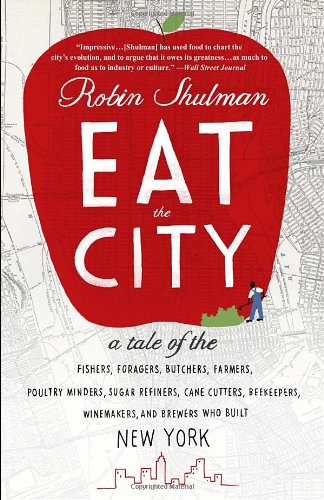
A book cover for Eat the City: A Tale of the Fishers, Foragers, Butchers, Farmers, Poultry Minders, Sugar Refiners, Cane Cutters, Beekeepers, Winemakers, and Brewers Who Built New York; Robin Shulman; Cookbooks, Food & Wine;